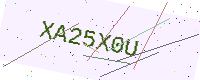
Text: XA25X0U